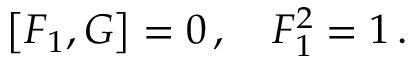
\left[ F _ { 1 } , G \right] = 0 \, , \quad F _ { 1 } ^ { 2 } = 1 \, .